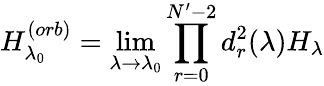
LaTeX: H_{\lambda_{0}}^{(orb)}=\operatorname*{lim}_{\lambda\rightarrow\lambda_{0}}\prod_{r=0}^{N^{\prime}-2}d_{r}^{2}(\lambda)H_{\lambda}